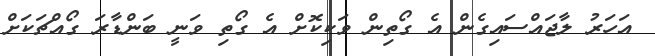
އަހަރު ލާޖައްސައިގެން އެ ގޯތިން ވަކިކޮށް އެ ގޯތި ވަނީ ބަންޑާރަ ގޯއްޗަކަށް